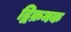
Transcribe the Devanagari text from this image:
द्विक्रमक